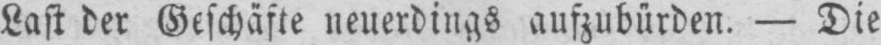
Last der Geschäfte neuerdings aufzubürden. - Die